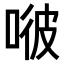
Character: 𠶎